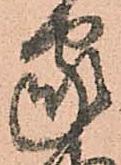
家